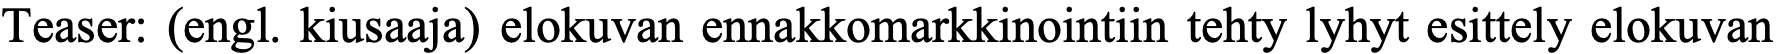
Teaser: (engl. kiusaaja) elokuvan ennakkomarkkinointiin tehty lyhyt esittely elokuvan